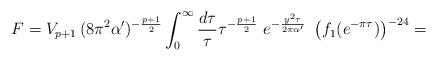
LaTeX: \begin{align*}F =V_{p+1} \, (8\pi^2\alpha')^{-\frac{p+1}{2}} \int_0^\infty \frac {d\tau}{\tau} \tau^{-\frac{p+1}{2}}~e^{-\frac{y^2 \tau}{2\pi\alpha'}}~\left(f_1(e^{-\pi \tau})\right)^{-24}=\end{align*}